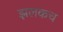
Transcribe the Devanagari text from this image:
झलकच